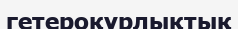
гетероқұрлықтық